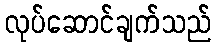
လုပ်ဆောင်ချက်သည်